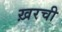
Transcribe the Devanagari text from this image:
ख़रची